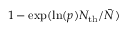
1 - \mathrm { { e x p } } ( \mathrm { { l n } } ( p ) N _ { \mathrm { { t h } } } / \bar { N } )